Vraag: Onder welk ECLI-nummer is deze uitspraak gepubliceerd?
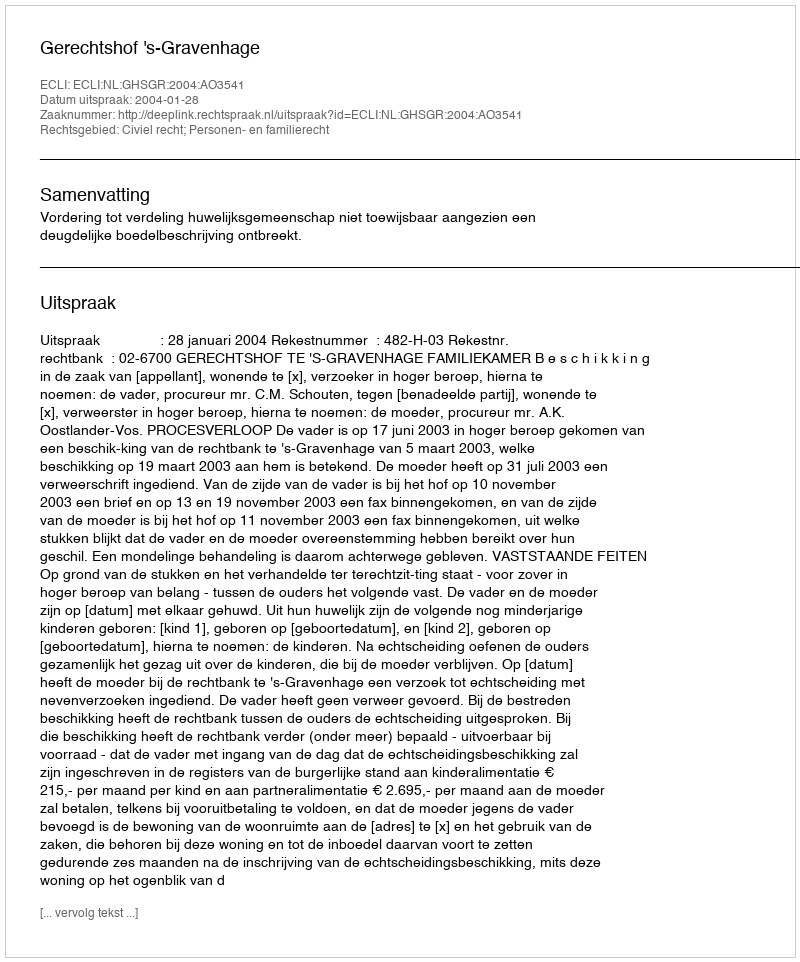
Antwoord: ECLI:NL:GHSGR:2004:AO3541